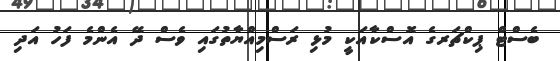
ބެސްޓް ޕިކްޗަރގެ އޮސްކާއަކީ މުޅި ރަސްމިއްޔާތުގައި ވެސް ދޭ އެންމެ ފަހު އަދި